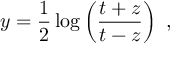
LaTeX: y = \frac { 1 } { 2 } \log \left( \frac { t + z } { t - z } \right) ~ ,